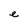
Character: e